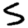
Digit: 5